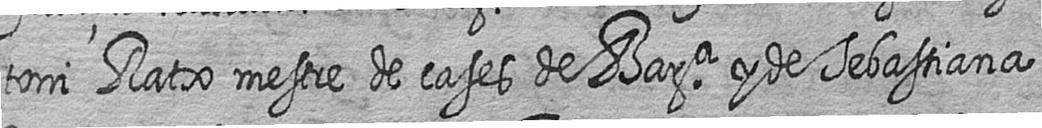
toni Ratx mestre de cases de Bara y de Sebastiana